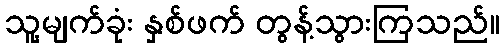
သူ့မျက်ခုံး နှစ်ဖက် တွန့်သွားကြသည်။